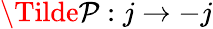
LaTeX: \Tilde{\mathcal P}:j\rightarrow-j